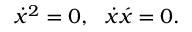
\dot { x } ^ { 2 } = 0 , \, \, \, \, \dot { x } \acute { x } = 0 .